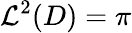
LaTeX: {\mathcal{L}}^{2}(D)=\pi